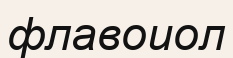
флавоиол